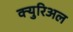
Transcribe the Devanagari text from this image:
क्युरिअल